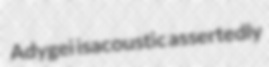
Adygei isacoustic assertedly